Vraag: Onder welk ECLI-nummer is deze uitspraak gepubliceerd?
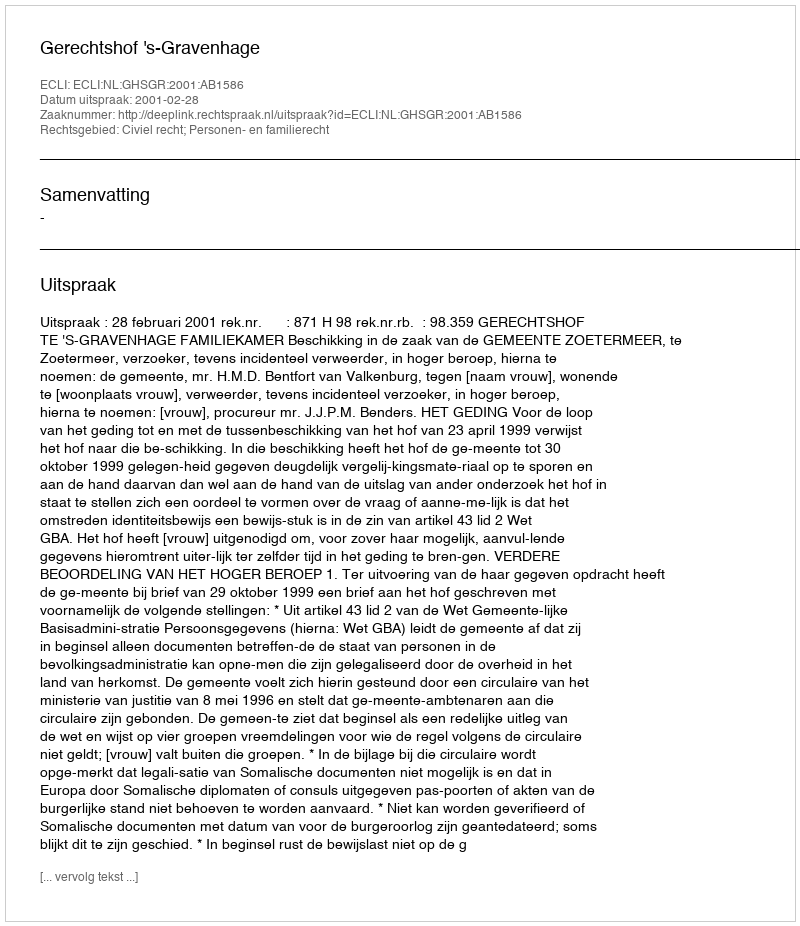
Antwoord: ECLI:NL:GHSGR:2001:AB1586